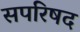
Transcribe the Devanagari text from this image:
सपरिषद